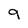
Character: 9